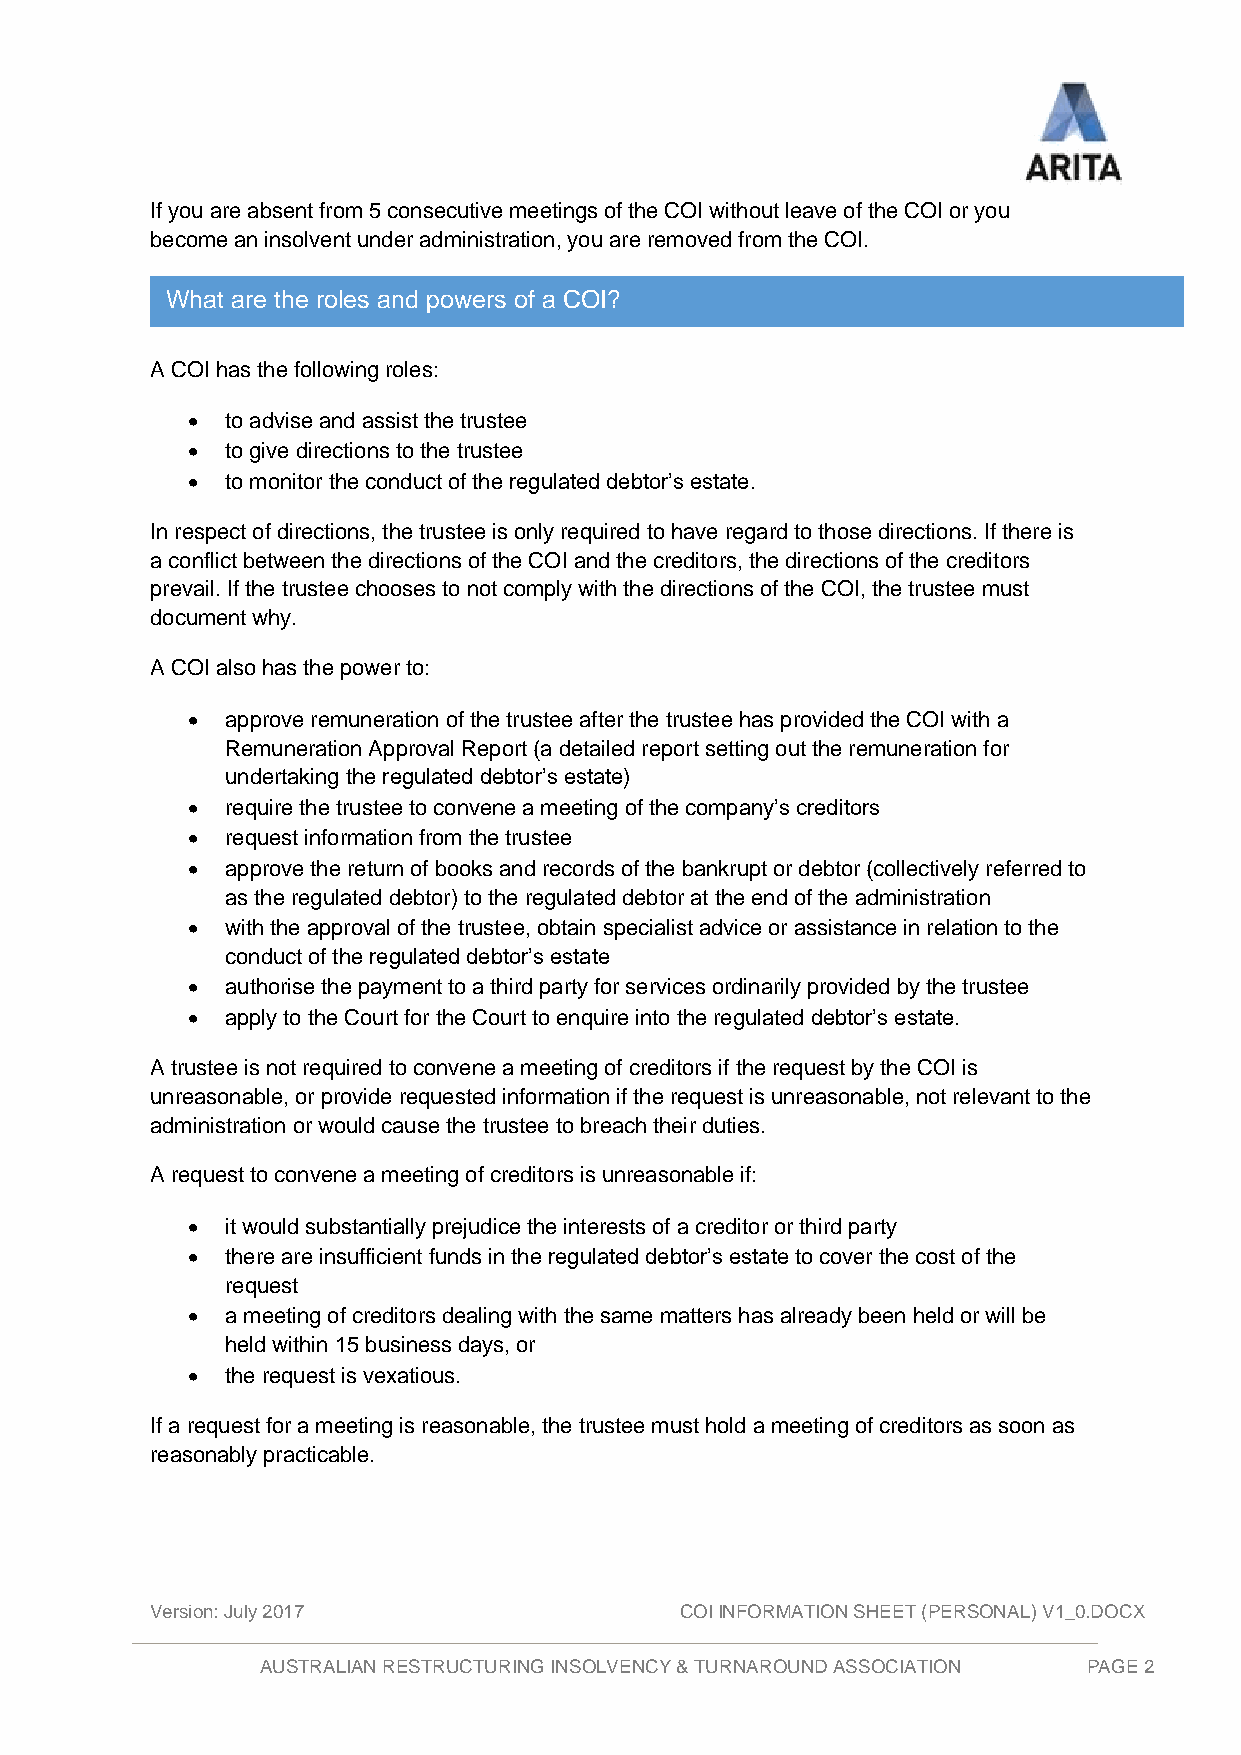
If you are absent from 5 consecutive meetings of the COI without leave of the COI or you
 become an insolvent under administration, you are removed from the COI.
 What are the roles and powers of a COI?
 A COI has the following roles:
 •  to advise and assist the trustee
 •  to give directions to the trustee
 •  to monitor the conduct of the regulated debtor’s estate.
 In respect of directions, the trustee is only required to have regard to those directions. If there is
 a conflict between the directions of the COI and the creditors, the directions of the creditors
 prevail. If the trustee chooses to not comply with the directions of the COI, the trustee must
 document why.
 A COI also has the power to:
 •  approve remuneration of the trustee after the trustee has provided the COI with a
 Remuneration Approval Report (a detailed report setting out the remuneration for
 undertaking the regulated debtor’s estate)
 •  require the trustee to convene a meeting of the company’s creditors
 •  request information from the trustee
 •  approve the return of books and records of the bankrupt or debtor (collectively referred to
 as the regulated debtor) to the regulated debtor at the end of the administration
 •  with the approval of the trustee, obtain specialist advice or assistance in relation to the
 conduct of the regulated debtor’s estate
 •  authorise the payment to a third party for services ordinarily provided by the trustee
 •  apply to the Court for the Court to enquire into the regulated debtor’s estate.
 A trustee is not required to convene a meeting of creditors if the request by the COI is
 unreasonable, or provide requested information if the request is unreasonable, not relevant to the
 administration or would cause the trustee to breach their duties.
 A request to convene a meeting of creditors is unreasonable if:
 •  it would substantially prejudice the interests of a creditor or third party
 •  there are insufficient funds in the regulated debtor’s estate to cover the cost of the
 request
 •  a meeting of creditors dealing with the same matters has already been held or will be
 held within 15 business days, or
 •  the request is vexatious.
 If a request for a meeting is reasonable, the trustee must hold a meeting of creditors as soon as
 reasonably practicable.
 Version: July 2017                 COI INFORMATION SHEET (PERSONAL) V1_0.DOCX
 AUSTRALIAN RESTRUCTURING INSOLVENCY & TURNAROUND ASSOCIATION PAGE 2